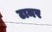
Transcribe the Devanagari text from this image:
टामर